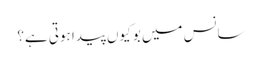
سانس میں بو کیوں پیدا ہوتی ہے؟